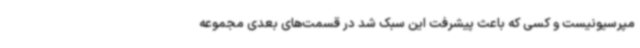
مپرسیونیست و کسی که باعث پیشرفت این سبک شد در قسمت‌های بعدی مجموعه